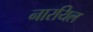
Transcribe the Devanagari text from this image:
नारयिल